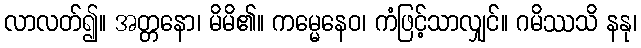
လာလတ်၍။ အတ္တနော၊ မိမိ၏။ ကမ္မေနေဝ၊ ကံဖြင့်သာလျှင်။ ဂမိဿသိ နနု၊